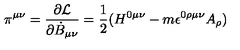
\pi ^ { \mu \nu } = \frac { \partial { \cal L } } { \partial { \dot { B } } _ { \mu \nu } } = \frac { 1 } { 2 } ( H ^ { 0 \mu \nu } - m \epsilon ^ { 0 \rho \mu \nu } A _ { \rho } )